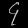
Digit: ၄